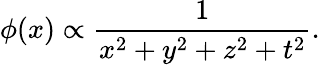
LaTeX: \phi(x)\propto{\frac{1}{x^{2}+y^{2}+z^{2}+t^{2}}}.